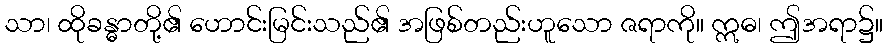
သာ၊ ထိုခန္ဓာတို့၏ ဟောင်းမြင်းသည်၏ အဖြစ်တည်းဟူသော ဇရာကို။ ဣဓ၊ ဤအရာ၌။